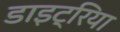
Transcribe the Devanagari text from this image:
डाइट्रिया